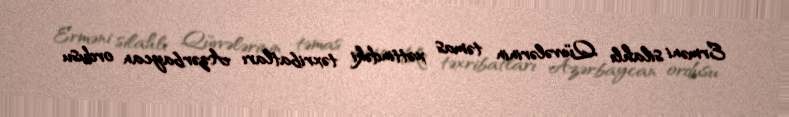
Erməni silahlı Qüvvələrinin təmas xəttindəki təxribatları Azərbaycan ordusu